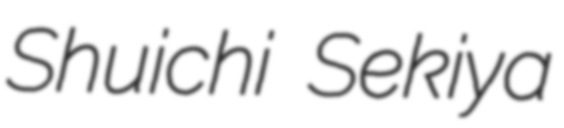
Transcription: Shuichi Sekiya